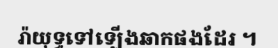
រ៉ាយុទ្ធទៅឡើងឆាកផងដែរ ។